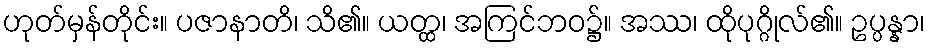
ဟုတ်မှန်တိုင်း။ ပဇာနာတိ၊ သိ၏။ ယတ္ထ၊ အကြင်ဘဝ၌။ အဿ၊ ထိုပုဂ္ဂိုလ်၏။ ဥပ္ပန္နာ၊